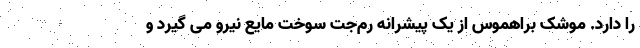
را دارد. موشک براهموس از یک پیشرانه رم‌جت سوخت مایع نیرو می گیرد و